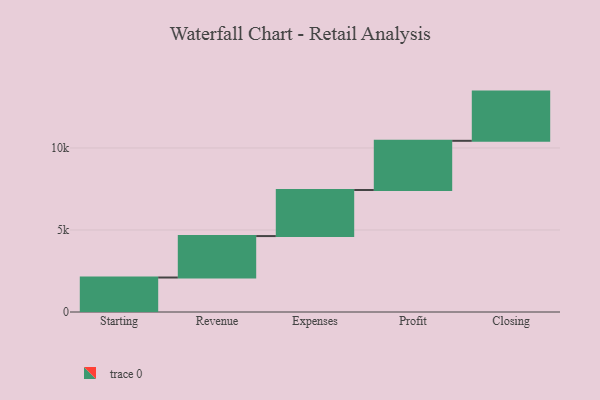
{"axis": {"x": "Step", "y": "Value"}, "legend": [""], "data": [{"x": "Starting", "y": 2103.0, "type": ""}, {"x": "Revenue", "y": 2526.0, "type": ""}, {"x": "Expenses", "y": 2808.0, "type": ""}, {"x": "Profit", "y": 3000, "type": ""}, {"x": "Closing", "y": 3000, "type": ""}]}